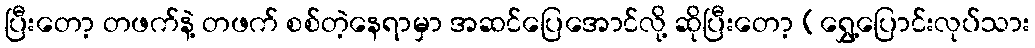
ပြီးတော့ တဖက်နဲ့ တဖက် စစ်တဲ့နေရာမှာ အဆင်ပြေအောင်လို့ ဆိုပြီးတော့ (ရွှေ့ပြောင်းလုပ်သား